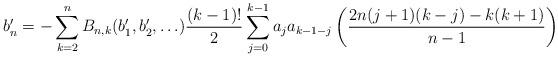
LaTeX: \begin{align*}b'_n = - \sum_{k = 2}^{n} B_{n,k}(b_1', b_2', \ldots) \frac{(k-1)!}{2}\sum_{j=0}^{k-1}a_j a_{k-1-j}\left(\frac{2n(j+1)(k-j) - k(k+1)}{n-1}\right) \end{align*}